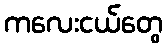
ကလေးငယ်တွေ